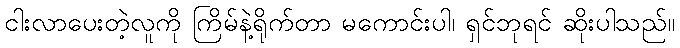
ငါးလာပေးတဲ့လူကို ကြိမ်နဲ့ရိုက်တာ မကောင်းပါ၊ ရှင်ဘုရင် ဆိုးပါသည်။